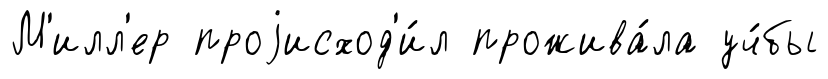
М'илл'ер проjисход'и́л прожива́ла уч́бы